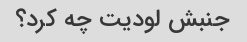
جنبش لودیت چه کرد؟